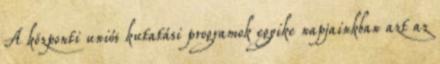
A központi uniós kutatási programok egyike napjainkban azt az